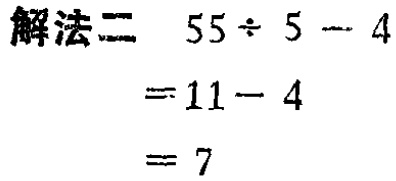
解法二

\[

\begin{align*}

&55\div5 - 4\\

=&11 - 4\\

=&7

\end{align*}

\]